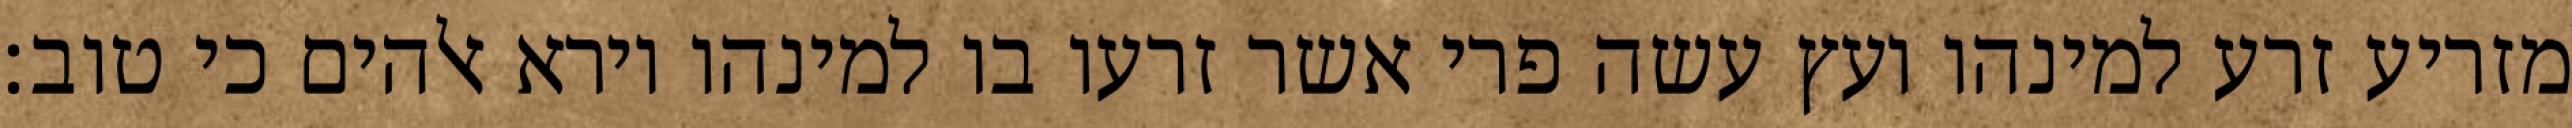
מזריע זרע למינהו ועץ עשה פרי אשר זרעו בו למינהו וירא אלהים כי טוב׃